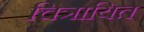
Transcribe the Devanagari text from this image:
चित्रायित